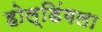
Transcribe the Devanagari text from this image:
होल्डिंगला